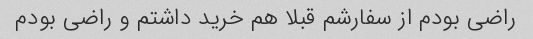
راضی بودم از سفارشم قبلا هم خرید داشتم و راضی بودم